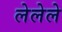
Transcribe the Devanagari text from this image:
लेलेले